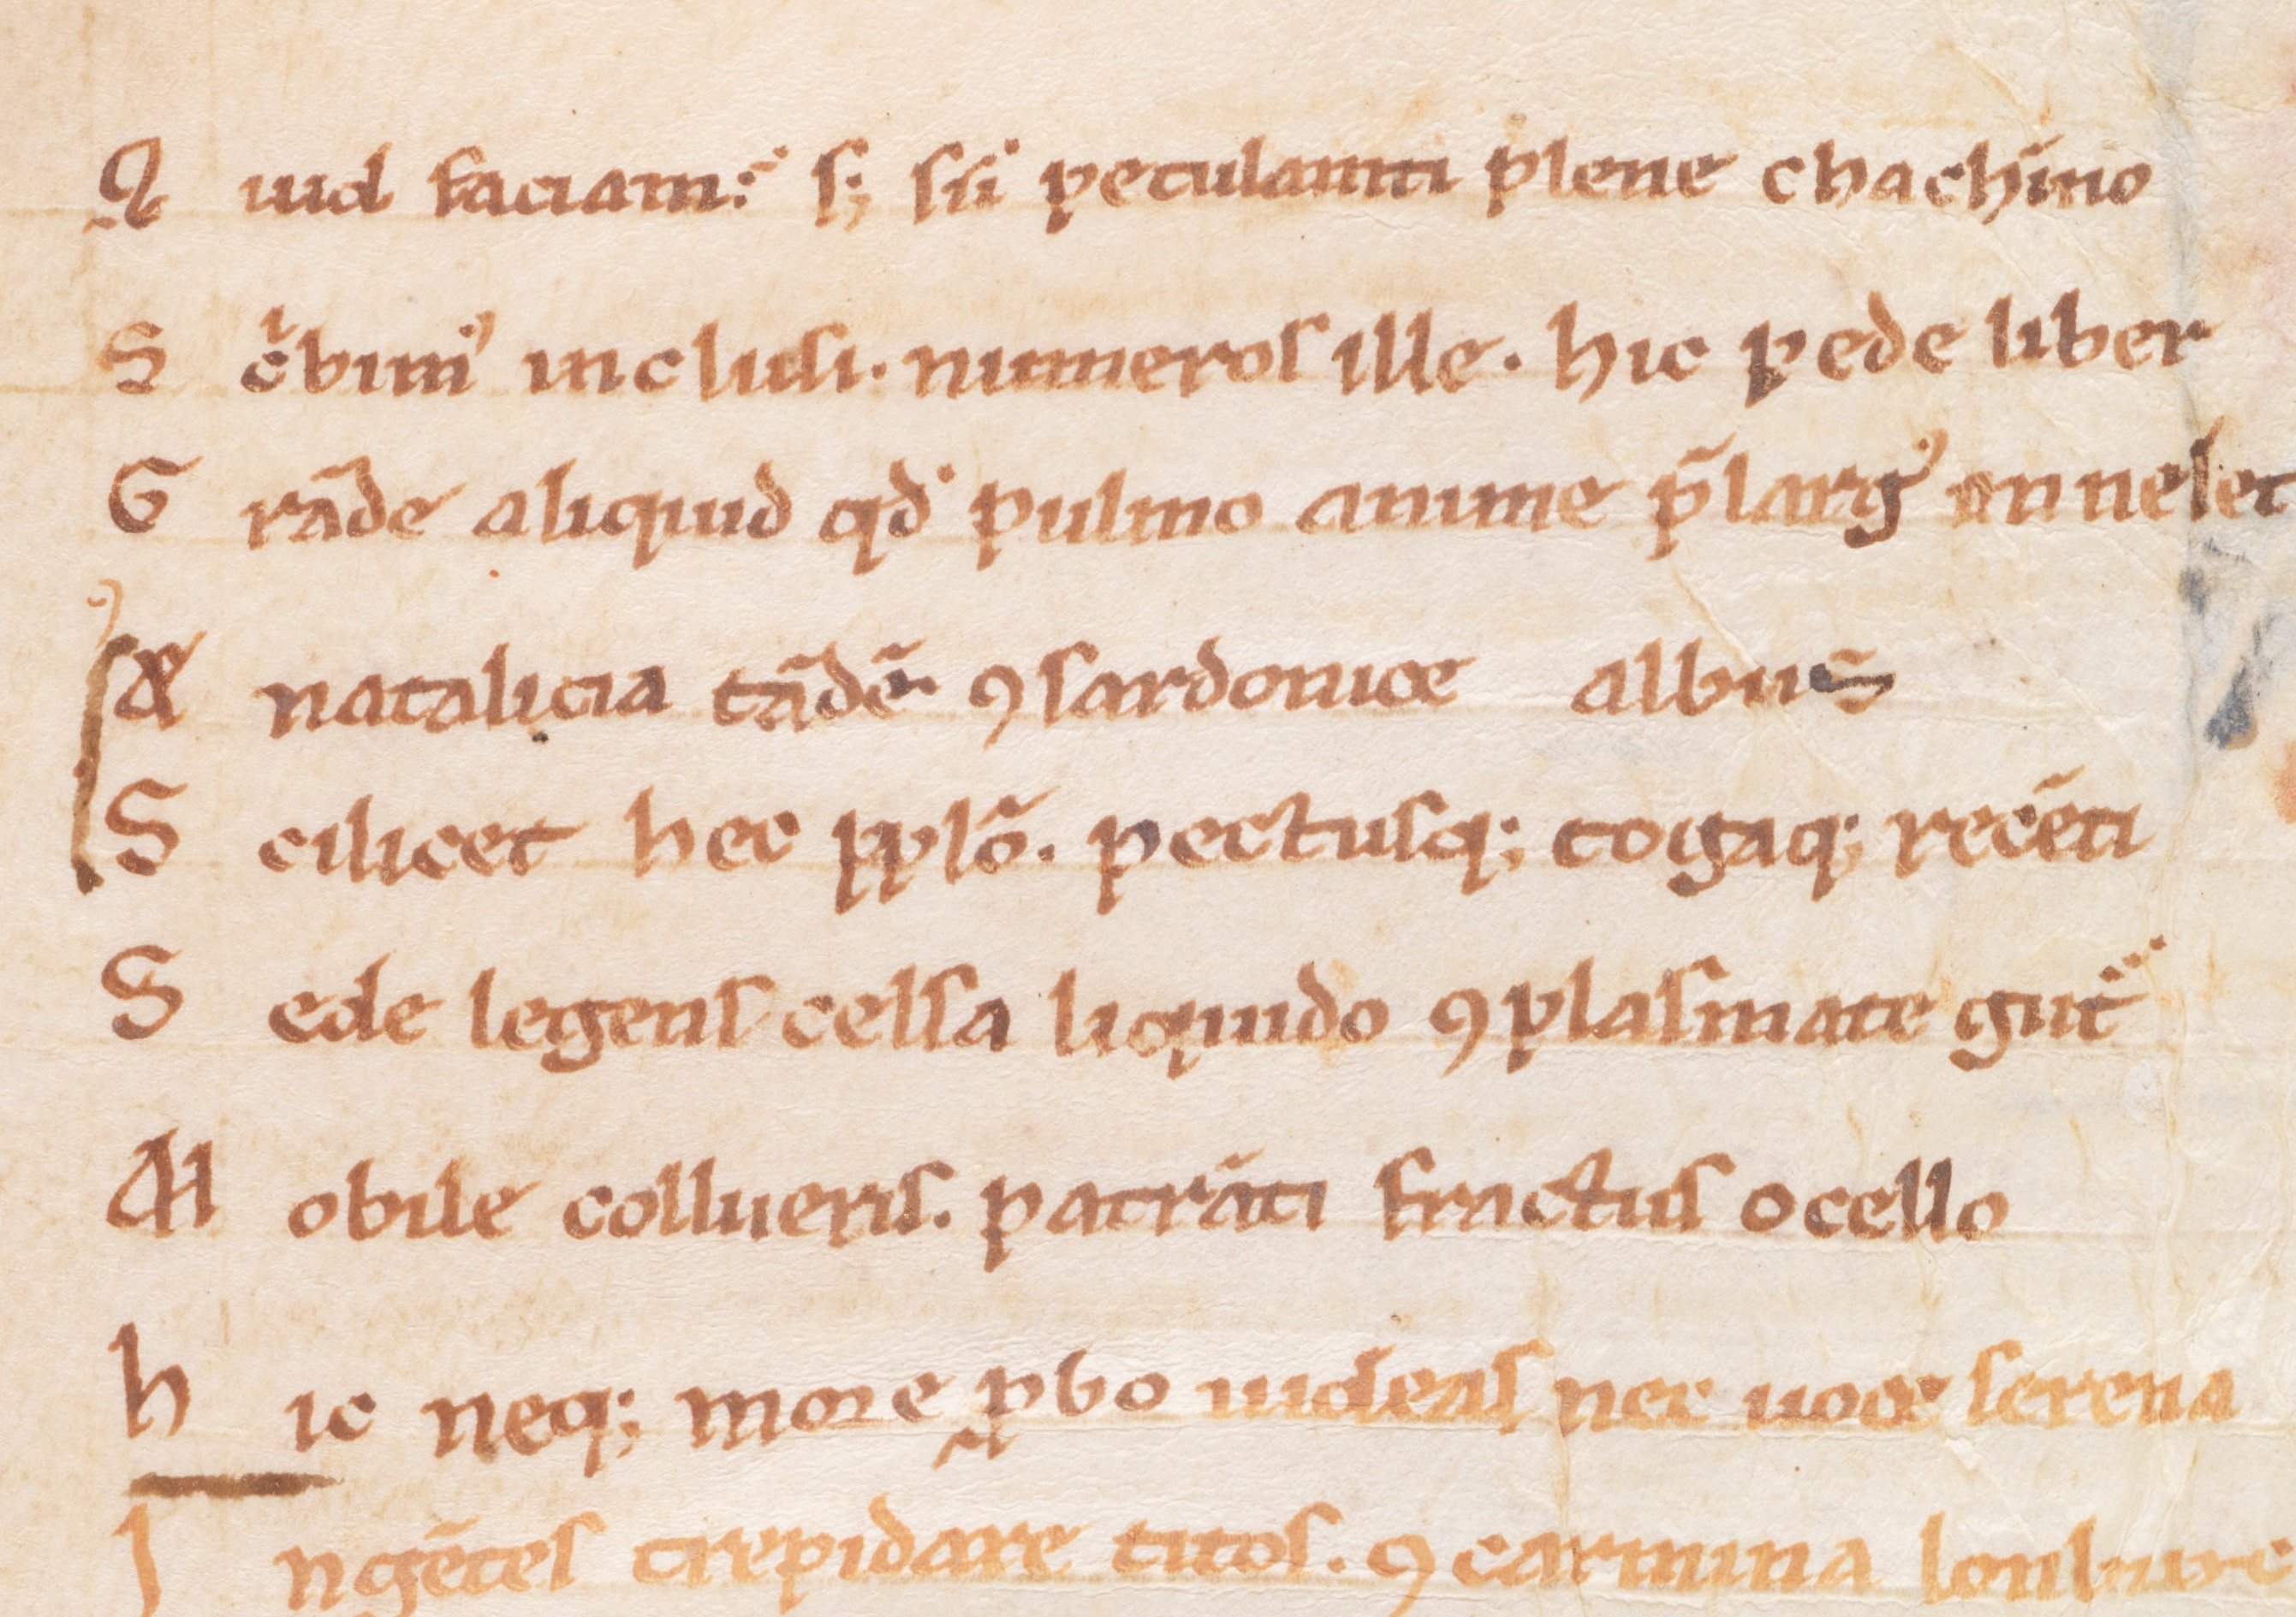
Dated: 1100–1199